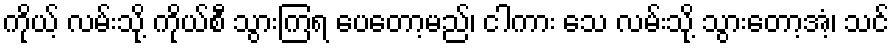
ကိုယ့် လမ်းသို့ ကိုယ်စီ သွားကြရ ပေတော့မည်၊ ငါကား သေ လမ်းသို့ သွားတော့အံ့၊ သင်